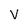
Character: V